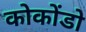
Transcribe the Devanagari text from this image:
कोकोंडो